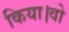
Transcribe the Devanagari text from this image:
किया।वो